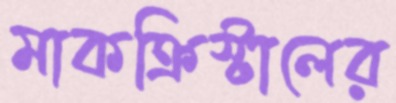
মাকক্রিস্টালের